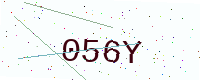
Text: 056Y